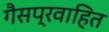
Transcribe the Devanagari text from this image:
गैसप्रवाहित